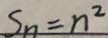
S _ { n } = n ^ { 2 }